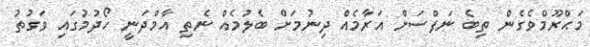
މަޙްރޫމްވެގެން ތިބެ ނަފްސަށް އަރާމެއް ދިނުމަށް ބެލުމެއް ނެތި އާމްދަނީ ހޯދުމުގައި ވަގުތު